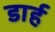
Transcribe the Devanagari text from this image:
डार्ह